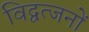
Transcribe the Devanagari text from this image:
विद्वत्जनों